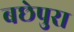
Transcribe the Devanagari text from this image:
बछेपुरा